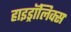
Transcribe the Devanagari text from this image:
हाइड्रॉलिक्स